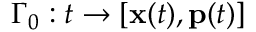
\Gamma _ { 0 } : t \to [ \mathbf { x } ( t ) , \mathbf { p } ( t ) ]